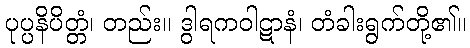
ပုပ္ပနိပိတ္တံ၊ တည်း။ ဒွါရကဝါဋာနံ၊ တံခါးရွက်တို့၏။